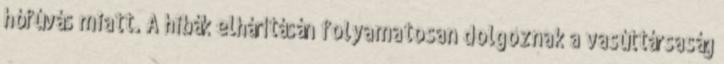
hófúvás miatt. A hibák elhárításán folyamatosan dolgoznak a vasúttársaság